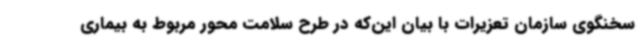
سخنگوی سازمان تعزیرات با بیان این‌که در طرح سلامت محور مربوط به بیماری